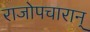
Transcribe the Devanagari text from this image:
राजोपचारान्